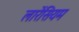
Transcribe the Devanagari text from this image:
लारेंसियम